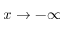
x \to - \infty